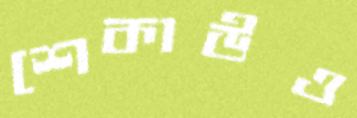
শেকাউও